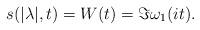
LaTeX: \begin{align*}s(|\lambda|,t)=W(t)=\Im\omega_1(it). \end{align*}